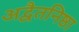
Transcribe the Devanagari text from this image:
अद्वैतनिष्ठा